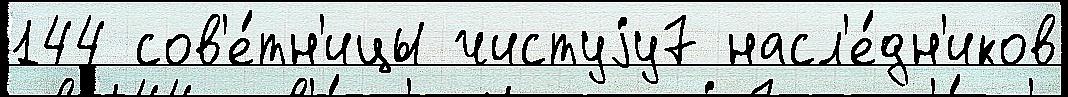
144 сов'е́тн'ицы чистуjу7 насл'е́дн'иков